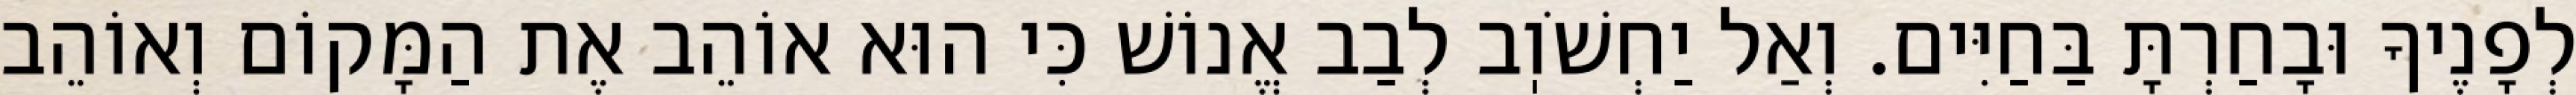
לְפָנֶיךָ וּבָחַרְתָּ בַּחַיִּים. וְאַל יַחְשֹׁוֽב לְבַב אֱנוֹשׁ כִּי הוּא אוֹהֵב אֶת הַמָּקוֹם וְאוֹהֵב